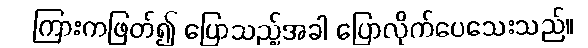
ကြားကဖြတ်၍ ပြောသည့်အခါ ပြောလိုက်ပေသေးသည်။